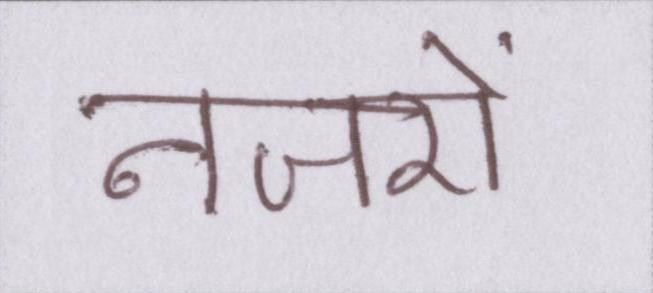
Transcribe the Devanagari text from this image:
नजरों